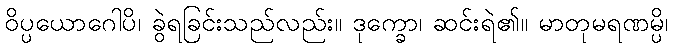
ဝိပ္ပယောဂေါပိ၊ ခွဲရခြင်းသည်လည်း။ ဒုက္ခော၊ ဆင်းရဲ၏။ မာတုမရဏမ္ပိ၊